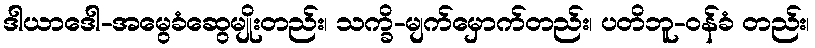
ဒါယာဒေါ-အမွေခံဆွေမျိုးတည်း၊ သက္ခိ-မျက်မှောက်တည်း၊ ပတိဘူ-ဝန်ခံ တည်း၊